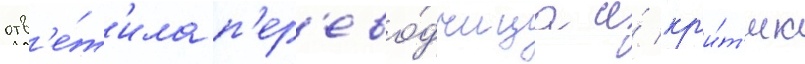
отв'е́т'ила п'ер'ево́дчица и́ кр'и́т'ик